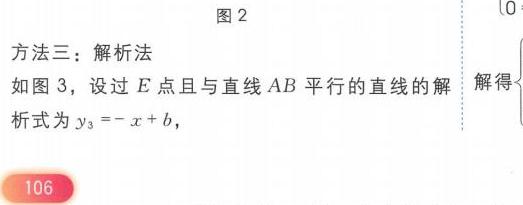
图2
方法三：解析法
如图3，设过\(E\)点且与直线\(AB\)平行的直线的解析式为\(y_{3}=-x + b\)，
解得
106